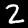
Label: 2